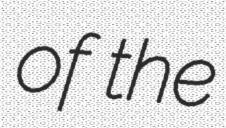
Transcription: of the